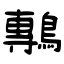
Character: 鷒